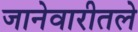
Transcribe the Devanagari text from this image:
जानेवारीतले